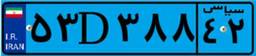
۵۳D۳۸۸۴۲